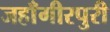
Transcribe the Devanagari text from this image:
जहाँगीरपुरी